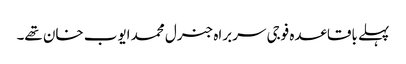
پہلے باقاعدہ فوجی سربراہ جنرل محمد ایوب خان تھے۔